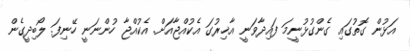
އަޅުން ގޮތުގައި ގެންގުޅުނީމަ ފައިދާވަނީ އާޚިރުގަ އެކުއްޖާއަށް. އެކުއްޖާ ހުންނަނީ ހޭނިފަ. ލޯބިދީގެން